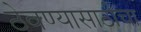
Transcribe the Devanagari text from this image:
ठेवण्यासाठीचा